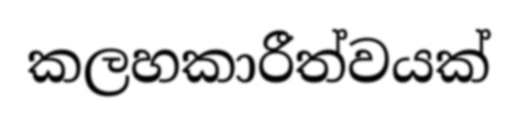
කලහකාරීත්වයක්